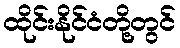
ထိုင်းနိုင်ငံတို့တွင်